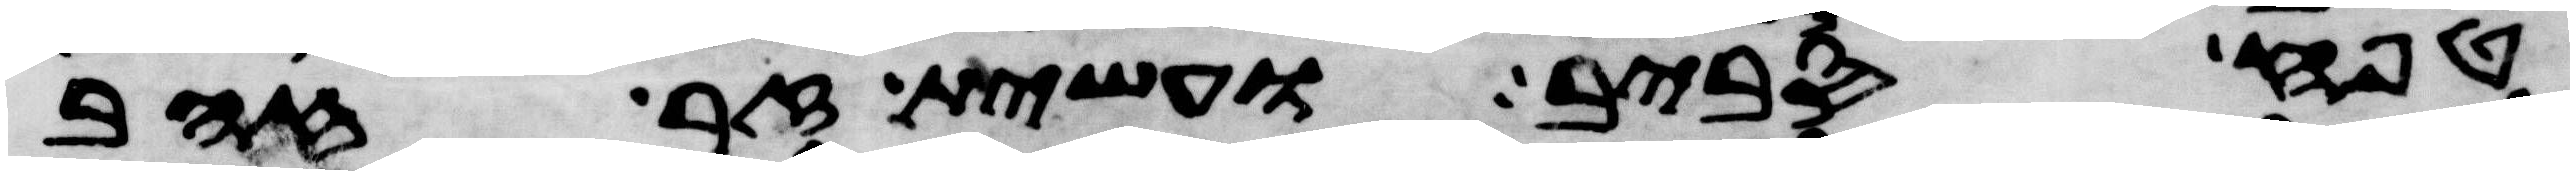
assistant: טפח סביב ועשית זר זהב